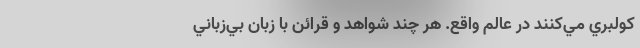
كولبري مي‌كنند در عالم واقع. هر چند شواهد و قرائن با زبان بي‌زباني